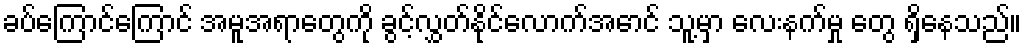
ခပ်ကြောင်ကြောင် အမူအရာတွေကို ခွင့်လွှတ်နိုင်လောက်အောင် သူ့မှာ လေးနက်မှု တွေ ရှိနေသည်။